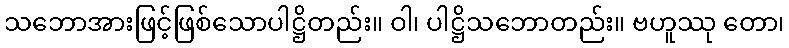
သဘောအားဖြင့်ဖြစ်သောပါဋ္ဌိတည်း။ ဝါ၊ ပါဋ္ဌိသဘောတည်း။ ဗဟူဿု တော၊